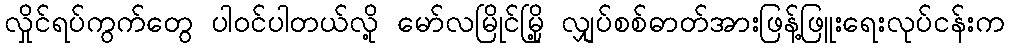
လှိုင်ရပ်ကွက်တွေ ပါဝင်ပါတယ်လို့ မော်လမြိုင်မြို့ လျှပ်စစ်ဓာတ်အားဖြန့်ဖြူးရေးလုပ်ငန်းက